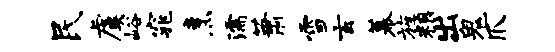
民虞峪窕烹濡萧雪玄幕旌粮出鬼爪